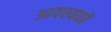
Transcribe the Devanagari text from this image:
आवश्यकों